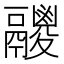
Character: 𩱛